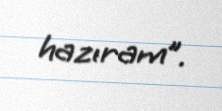
hazıram”.